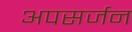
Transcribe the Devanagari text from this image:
अपसर्जन